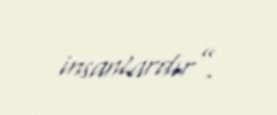
insanlardır”.